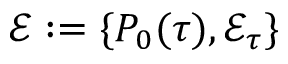
\mathcal { E } : = \{ P _ { 0 } ( \tau ) , \mathcal { E } _ { \tau } \}